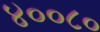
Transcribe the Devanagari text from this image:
४००८०